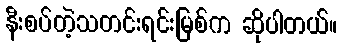
နီးစပ်တဲ့သတင်းရင်းမြစ်က ဆိုပါတယ်။